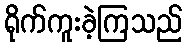
ရိုက်ကူးခဲ့ကြသည်